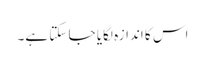
اس کا اندازہ لگایا جا سکتا ہے۔